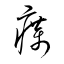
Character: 癘